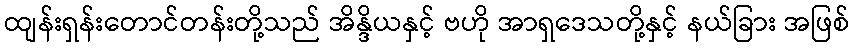
ထျန်းရှန်းတောင်တန်းတို့သည် အိန္ဒိယနှင့် ဗဟို အာရှဒေသတို့နှင့် နယ်ခြား အဖြစ်